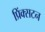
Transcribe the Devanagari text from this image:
प्रिंक्सटन